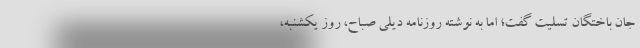
جان باختگان تسلیت گفت؛ اما به نوشته روزنامه دیلی صباح، روز یکشنبه،